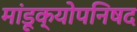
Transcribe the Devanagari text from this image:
मांडूक्योपनिषद